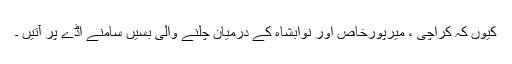
کیوں کہ کراچی ، میرپورخاص اور نوابشاہ کے درمیان چلنے والی بسیں سامنے اڈے پر آتیں ۔